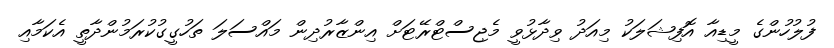
ފުލުހުންގެ މީޑިއާ އޮފިޝަލަކު މިއަދު ވިދާޅުވީ މެޖިސްޓްރޭޓަށް އިންޒާރުދިން މައްސަލަ ތަހުގީގުކުރަމުންދާތީ އެކަމާއި